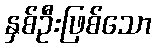
နှစ်ဦးဖြစ်သော